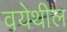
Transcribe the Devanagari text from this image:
वयेथील